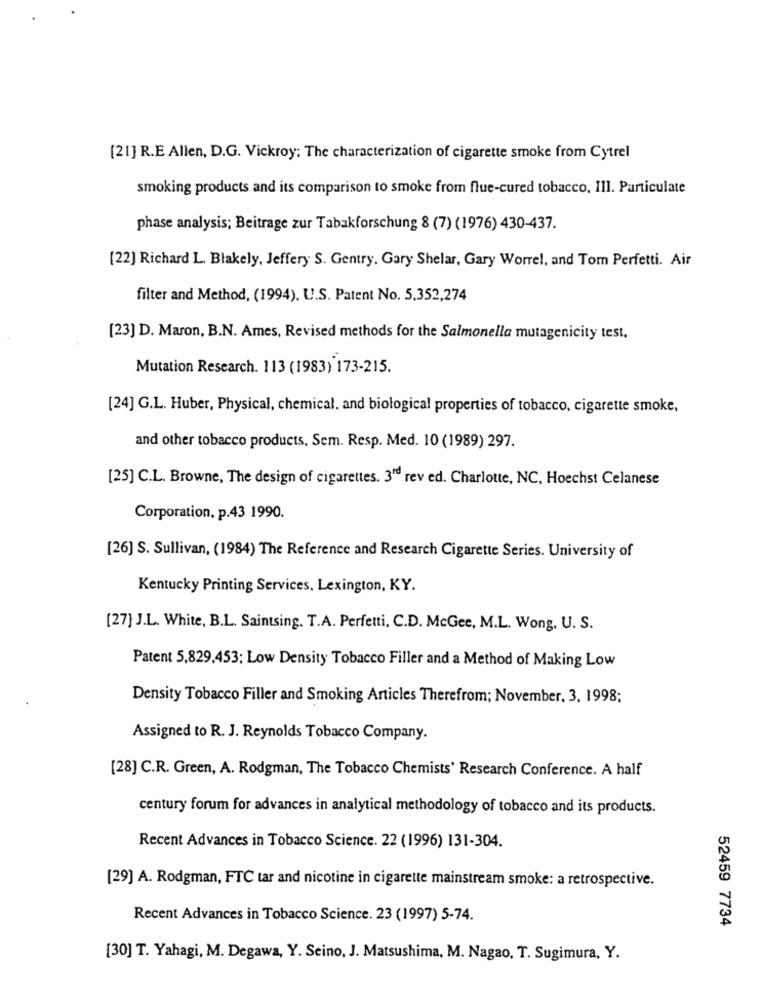
[21] R.E Allen, D.G. Vickroy; The characterization of cigarette smoke from Cytrel
smoking products and its comparison to smoke from flue-cured tobacco, Ill. Particulate
phase analysis; Beitrage zur Tabakforschung 8 (7) (1976) 430-437.
[22] Richard L. Blakely, Jeffery S. Gentry. Gary Shelar, Gary Worrel, and Tom Perfetti. Air
filter and Method, (1994). U.S. Patent No. 5.352,274
[23] D. Maron, B.N. Ames, Revised methods for the Salmonella mutagenicity test,
Mutation Research. 113 (1983) 173-215.
[24] G.L. Huber, Physical, chemical. and biological properties of tobacco, cigarette smoke,
and other tobacco products, Sem. Resp. Med. 10 (1989) 297.
[25] C.L. Browne, The design of cigarettes. 3" rev ed. Charlotte, NC, Hoechst Celanese
Corporation, p.43 1990.
[26] S. Sullivan, (1984) The Reference and Research Cigarette Series. University of
Kentucky Printing Services, Lexington, KY.
[27] J.L. White, B.L. Saintsing. T.A. Perfetti, C.D. McGee, M.L. Wong, U. S.
Patent 5,829,453; Low Density Tobacco Filler and a Method of Making Low
Density Tobacco Filler and Smoking Articles Therefrom; November, 3, 1998;
Assigned to R. J. Reynolds Tobacco Company.
[28] C.R. Green, A. Rodgman, The Tobacco Chemists' Research Conference. A half
century forum for advances in analytical methodology of tobacco and its products.
Recent Advances in Tobacco Science. 22 (1996) 131-304.
[29] A. Rodgman, FTC tar and nicotine in cigarette mainstream smoke: a retrospective.
Recent Advances in Tobacco Science. 23 (1997) 5-74.
52459 7734
[30] T. Yahagi, M. Degawa, Y. Seino, J. Matsushima, M. Nagao, T. Sugimura, Y.